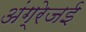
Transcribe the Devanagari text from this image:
अंग्रेजई